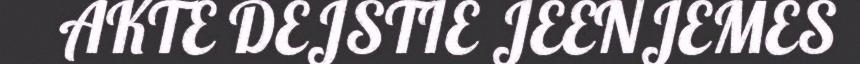
AKTE DEJSTIE JEENJEMES